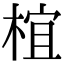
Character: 椬